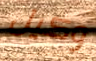
وكيل